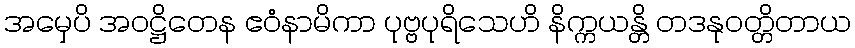
အမှေပိ အဝဋ္ဌိတေန ဧဝံနာမိကာ ပုဗ္ဗပုရိသေဟိ နိက္ကယန္တိ တဒနုဝတ္တိတာယ